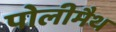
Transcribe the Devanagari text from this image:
पोलीमैथ